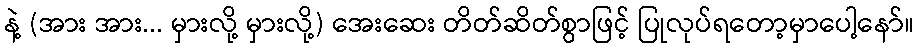
နဲ့ (အား အား... မှားလို့ မှားလို့) အေးဆေး တိတ်ဆိတ်စွာဖြင့် ပြုလုပ်ရတော့မှာပေါ့နော်။